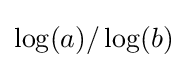
\log(a)/\log(b)